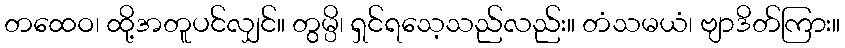
တထေဝ၊ ထို့အတူပင်လျှင်။ တွမ္ပိ၊ ရှင်ရသေ့သည်လည်း။ တံသမယံ၊ ဗျာဒိတ်ကြား။